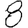
Digit: 8